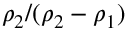
\rho _ { 2 } / ( \rho _ { 2 } - \rho _ { 1 } )